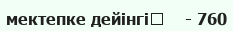
мектепке дейінгі	    - 760